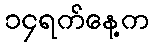
၁၄ရက်နေ့က